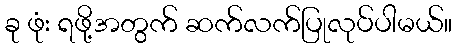
ခု ဖုံး ရဖို့အတွက် ဆက်လက်ပြုလုပ်ပါမယ်။